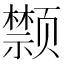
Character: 𩖗